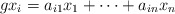
\begin{align*}gx_i=a_{i1}x_1+\cdots +a_{in}x_n\end{align*}